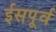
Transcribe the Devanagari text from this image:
ईसपूर्व